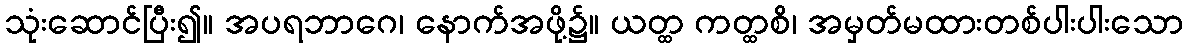
သုံးဆောင်ပြီး၍။ အပရဘာဂေ၊ နောက်အဖို့၌။ ယတ္ထ ကတ္ထစိ၊ အမှတ်မထားတစ်ပါးပါးသော